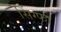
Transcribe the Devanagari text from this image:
सिंग्फो